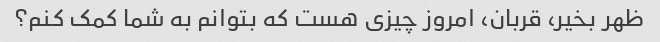
ظهر بخیر، قربان، امروز چیزی هست که بتوانم به شما کمک کنم؟